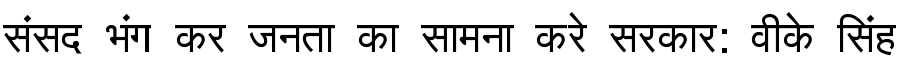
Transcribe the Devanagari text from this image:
संसद भंग कर जनता का सामना करे सरकार: वीके सिंह